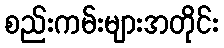
စည်းကမ်းများအတိုင်း